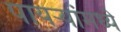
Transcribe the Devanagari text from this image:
पायऱ्यांमध्ये